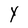
Character: Y